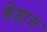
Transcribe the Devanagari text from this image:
श्रेष्ठाय